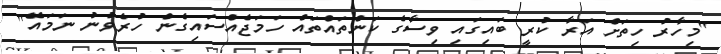
"މިހާރު ހިތަށް އަރާ ކުރީ ބައިގައި ވިސާގެ ކަންތައްތައް ހަމަޖެއްސައިގެން ހުރެވުނު ނަމައޭ"